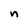
Character: n